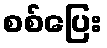
စစ်ပြေး